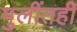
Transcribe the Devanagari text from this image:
मुलींतही